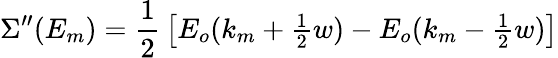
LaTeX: \Sigma^{\prime\prime}(E_{m})={\frac{1}{2}}\left[E_{o}(k_{m}+{\textstyle{\frac{1}{2}}}w)-E_{o}(k_{m}-{\textstyle{\frac{1}{2}}}w)\right]